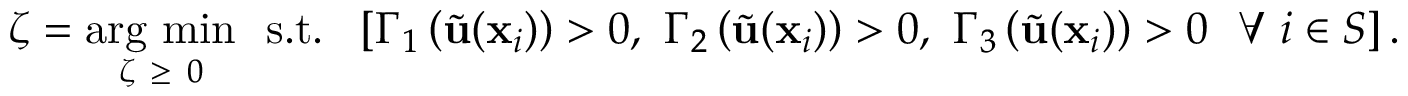
\zeta = \underset { \zeta \ \geq \ 0 } { \mathrm { a r g \ m i n } } \ \ \mathrm { s . t . } \ \ \left[ \Gamma _ { 1 } \left( \widetilde { \mathbf { u } } ( \mathbf { x } _ { i } ) \right) > 0 , \ \Gamma _ { 2 } \left( \widetilde { \mathbf { u } } ( \mathbf { x } _ { i } ) \right) > 0 , \ \Gamma _ { 3 } \left( \widetilde { \mathbf { u } } ( \mathbf { x } _ { i } ) \right) > 0 \ \ \forall \ i \in S \right] .